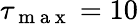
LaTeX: \tau_{\mathrm{~m~a~x~}}=10